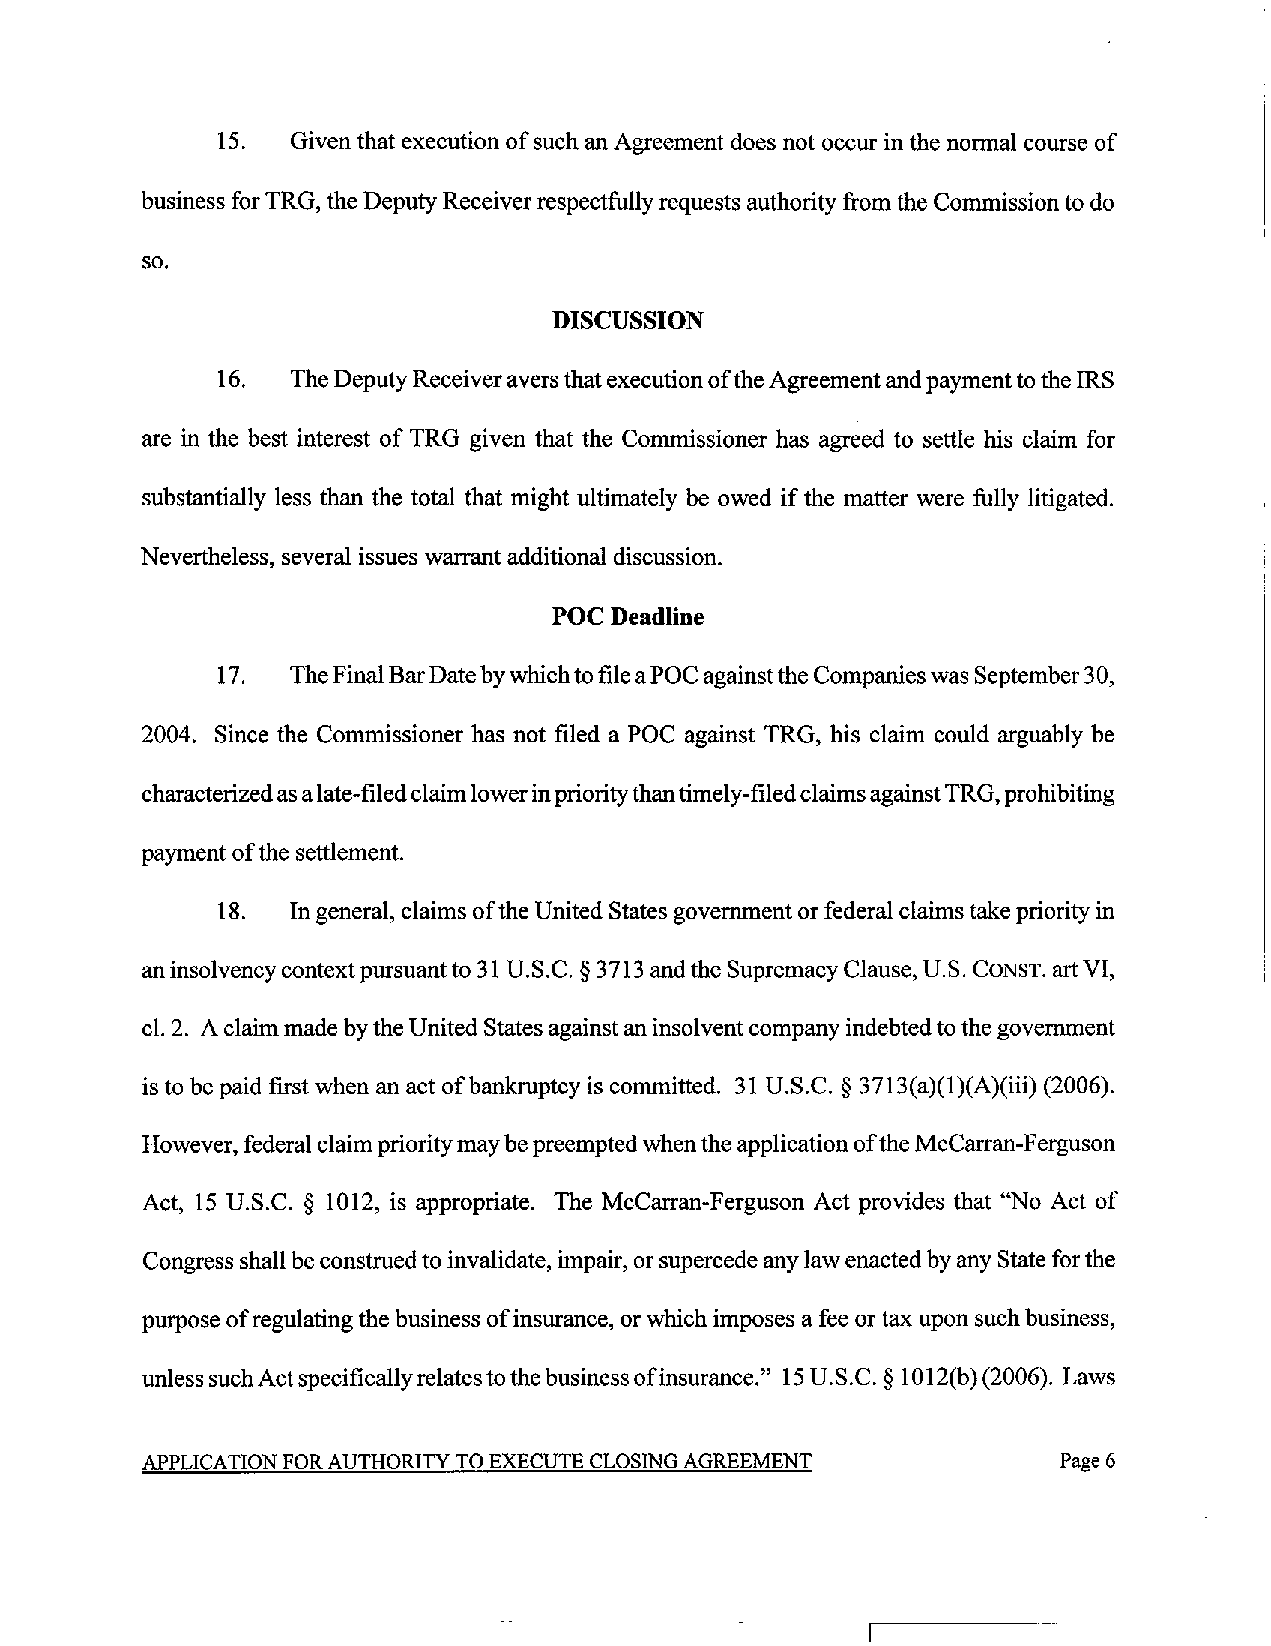
15.  Given that execution of such an Agreement does not occur in the normal course of
 business for TRG, the Deputy Receiver respectfully requests authority from the Commission to do
 SO.
 DISCUSSION
 16.  The Deputy Receiver avers that execution of the Agreement and payment to the IRS
 are in the best interest of TRG given that the Commissioner has agreed to settle his claim for
 substantially less than the total that might ultimately be owed if the matter were fully litigated.
 Nevertheless, several issues warrant additional discussion.
 POC Deadline
 17.  The Final Bar Date by whichto file a POC against the Companies was September 30,
 2004. Since the Commissioner has not filed a POC against TRG, his claim could arguably be
 characterized as a late-filed claim lower in priority than timely-filed claims against TRG, prohibiting
 payment of the settlement.
 18.  In general, claims of the United States government or federal claims take priority in
 an insolvency context pursuant to 31 U.S.C. § 3713 and the Supremacy Clause, U.S. CONST. art VI,
 cl. 2. A claim made by the United States against an insolvent company indebted to the government
 is to be paid first when an act of bankruptcy is committed. 31 U.S.C. § 3713(a)(1)(A)(iii) (2006).
 However, federal claim priority may be preempted when the application of the McCarran-Ferguson
 Act, 15 U.S.C. § 1012, is appropriate. The McCarran-Ferguson Act provides that "No Act of
 Congress shall be construed to invalidate, impair, or supercede any law enacted by any State for the
 purpose of regulating the business of insurance, or which imposes a fee or tax upon such business,
 unless such Act specifically relates to the business of insurance." 15 U. S.C. § 10 1 2(b) (2006). Laws
 APPLICATION FOR AUTHORITY TO EXECUTE CLOSING AGREEMENT       Page 6